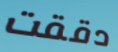
دققت